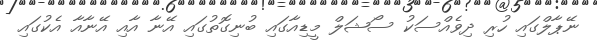
ނޭޕާލްގައި ހުރި ދިވެއްސަކު ސޯޝަލް މީޑިއާގައި ބުނިގޮތުގައި އޭނާ އާއި އޭނާއާ އެކުގައި